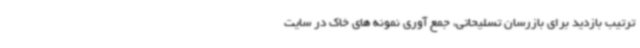
ترتیب بازدید برای بازرسان تسلیحاتی، جمع آوری نمونه های خاک در سایت